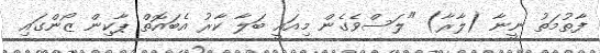
ފާތުމަތު ނީނާ (ލާރާ) "ލަސްވެގެން މިއައީ ބަލާ ކާރު އެބައޮތް ޕާކިން ޒޯންގައި